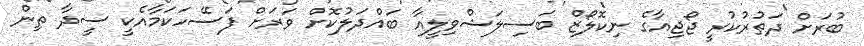
ބުރަށް ދަތުރުކުރީ ޖޯޖިއާގެ ނިކޮލޯޒް ބަސިލަޝްވިލީއާ ބައްދަލުކޮށް ވަރަށް ފަސޭހަކަމާއެކީ ސީދާ ތިން